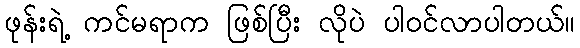
ဖုန်းရဲ့ ကင်မရာက ဖြစ်ပြီး လိုပဲ ပါဝင်လာပါတယ်။